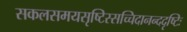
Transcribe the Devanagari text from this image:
सकलसमयसृष्टिस्सच्चिदानन्ददृष्टिः